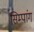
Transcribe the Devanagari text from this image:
सिम्पांग